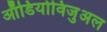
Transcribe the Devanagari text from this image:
ऑडियोविजुअल